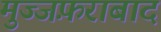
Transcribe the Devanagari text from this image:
मुज्जफ़राबाद